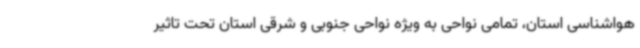
هواشناسی استان، تمامی نواحی به ویژه نواحی جنوبی و شرقی استان تحت تاثیر